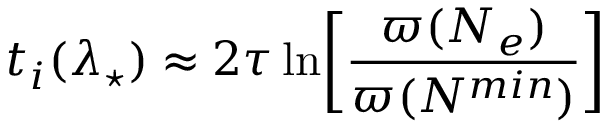
t _ { i } ( \lambda _ { \star } ) \approx 2 \tau \ln \biggr [ \frac { \varpi ( N _ { e } ) } { \varpi ( N ^ { m i n } ) } \biggl ]